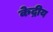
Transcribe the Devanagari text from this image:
केद्रीय